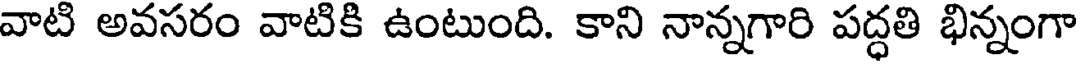
వాటి అవసరం వాటికి ఉంటుంది. కాని నాన్నగారి పద్ధతి భిన్నంగా